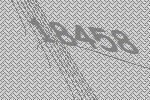
18458